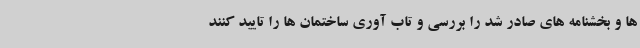
ها و بخشنامه های صادر شد را بررسی و تاب آوری ساختمان ها را تایید کنند